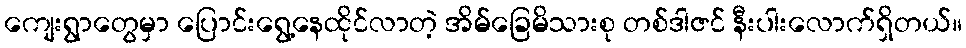
ကျေးရွာတွေမှာ ပြောင်းရွေ့နေထိုင်လာတဲ့ အိမ်ခြေမိသားစု တစ်ဒါဇင် နီးပါးလောက်ရှိတယ်။